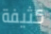
كثيفة